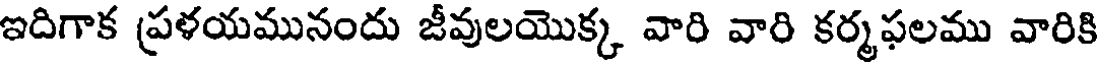
ఇదిగాక ప్రళయమునందు జీవులయొక్క వారి వారి కర్మఫలము వారికి